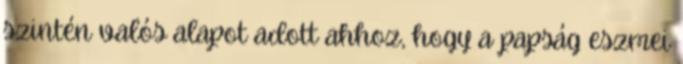
szintén valós alapot adott ahhoz, hogy a papság eszmei